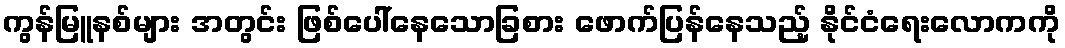
ကွန်မြူနစ်များ အတွင်း ဖြစ်ပေါ်နေသောခြစား ဖောက်ပြန်နေသည့် နိုင်ငံရေးလောကကို